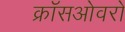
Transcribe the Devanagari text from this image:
क्रॉसओवरों